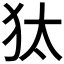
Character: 𤝁